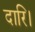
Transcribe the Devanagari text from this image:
दारि।